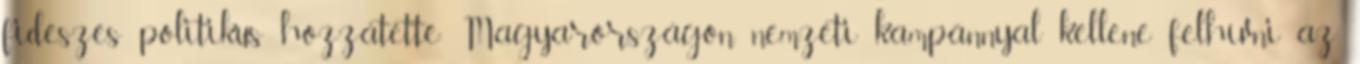
fideszes politikus hozzátette: Magyarországon nemzeti kampánnyal kellene felhívni az